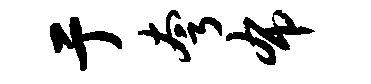
亍夸布